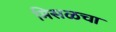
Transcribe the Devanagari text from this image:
मिसळचा